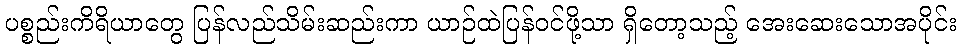
ပစ္စည်းကိရိယာတွေ ပြန်လည်သိမ်းဆည်းကာ ယာဉ်ထဲပြန်ဝင်ဖို့သာ ရှိတော့သည့် အေးဆေးသောအပိုင်း